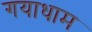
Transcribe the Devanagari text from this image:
गयाधाम